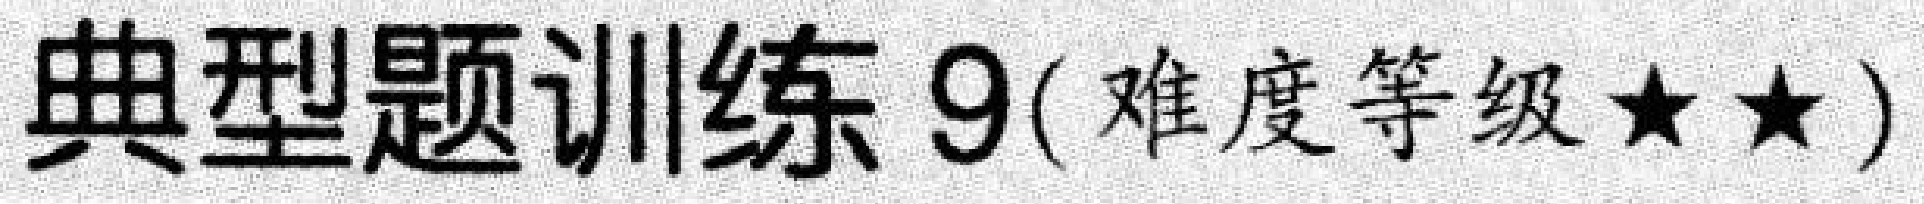
典型题训练 9(难度等级★★)